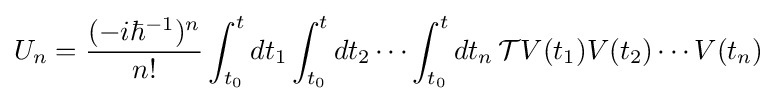
U_{n}={\frac {(-i\hbar ^{-1})^{n}}{n!}}\int _{t_{0}}^{t}dt_{1}\int _{t_{0}}^{t}dt_{2}\cdots \int _{t_{0}}^{t}dt_{n}\,{\mathcal {T}}V(t_{1})V(t_{2})\cdots V(t_{n})